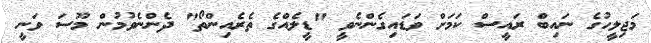
މަޖިލީހުގެ ނައިބް ރައީސް ކަމަށް ވަޑައިގެންނެވީ "ޑީލެއްގެ ތެރެއިންތޯ" ދެންނެވުމުން މޫސަ ވަނީ